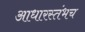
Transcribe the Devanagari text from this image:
आधारस्तंभच